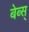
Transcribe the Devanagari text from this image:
बेब्स्